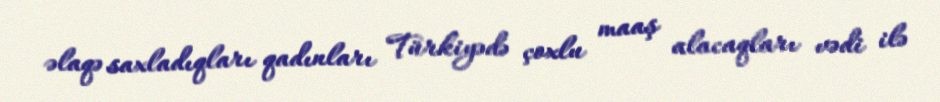
əlaqə saxladıqları qadınları Türkiyədə çoxlu maaş alacaqları vədi ilə